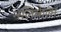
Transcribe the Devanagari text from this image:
नलिकेला